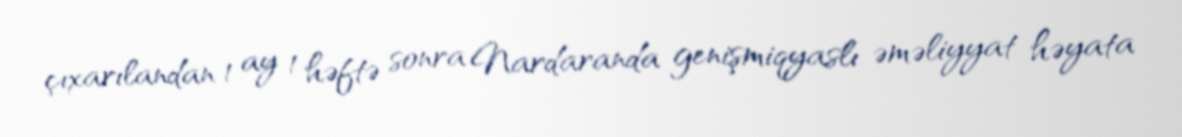
çıxarılandan 1 ay 1 həftə sonra Nardaranda genişmiqyaslı əməliyyat həyata